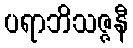
ပရာဘိသဇ္ဇနီ